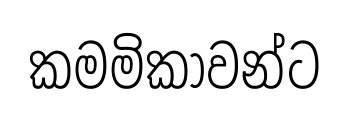
කමමිකාවන්ට